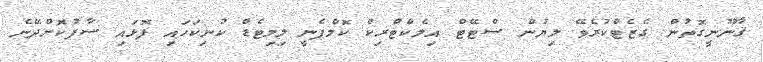
ޤާނޫނީގޮތުން ގެޒެޓްކުރެވޭ ލިޔުން ސްޓޭޓް އިލެކްޓްރިކް ކޮމްޕެނީ ލިމިޓެޑް ކުނިކަހައި ފޮޅައި ސާފުކޮށްދޭނެ